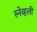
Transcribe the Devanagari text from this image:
स्नेव्हली